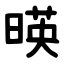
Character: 暎